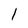
Character: 1